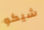
شيكو